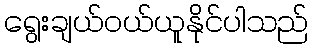
ရွေးချယ်ဝယ်ယူနိုင်ပါသည်